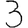
Digit: 3